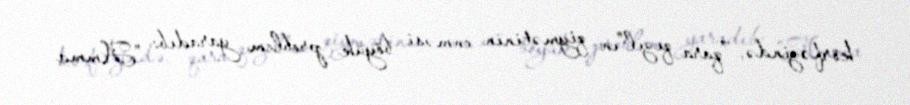
körfəzində, "qara qızıl"ın qiymətinin enməsi böyük problem yaradıb: "Amma